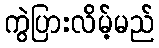
ကွဲပြားလိမ့်မည်